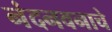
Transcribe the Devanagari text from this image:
नंदनवनाचे